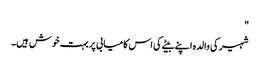
"
شہیر کی والدہ اپنے بیٹے کی اس کامیابی پر بہت خوش ہیں۔